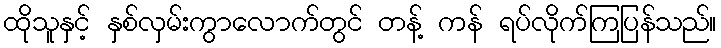
ထိုသူနှင့် နှစ်လှမ်းကွာလောက်တွင် တန့် ကန် ရပ်လိုက်ကြပြန်သည်။